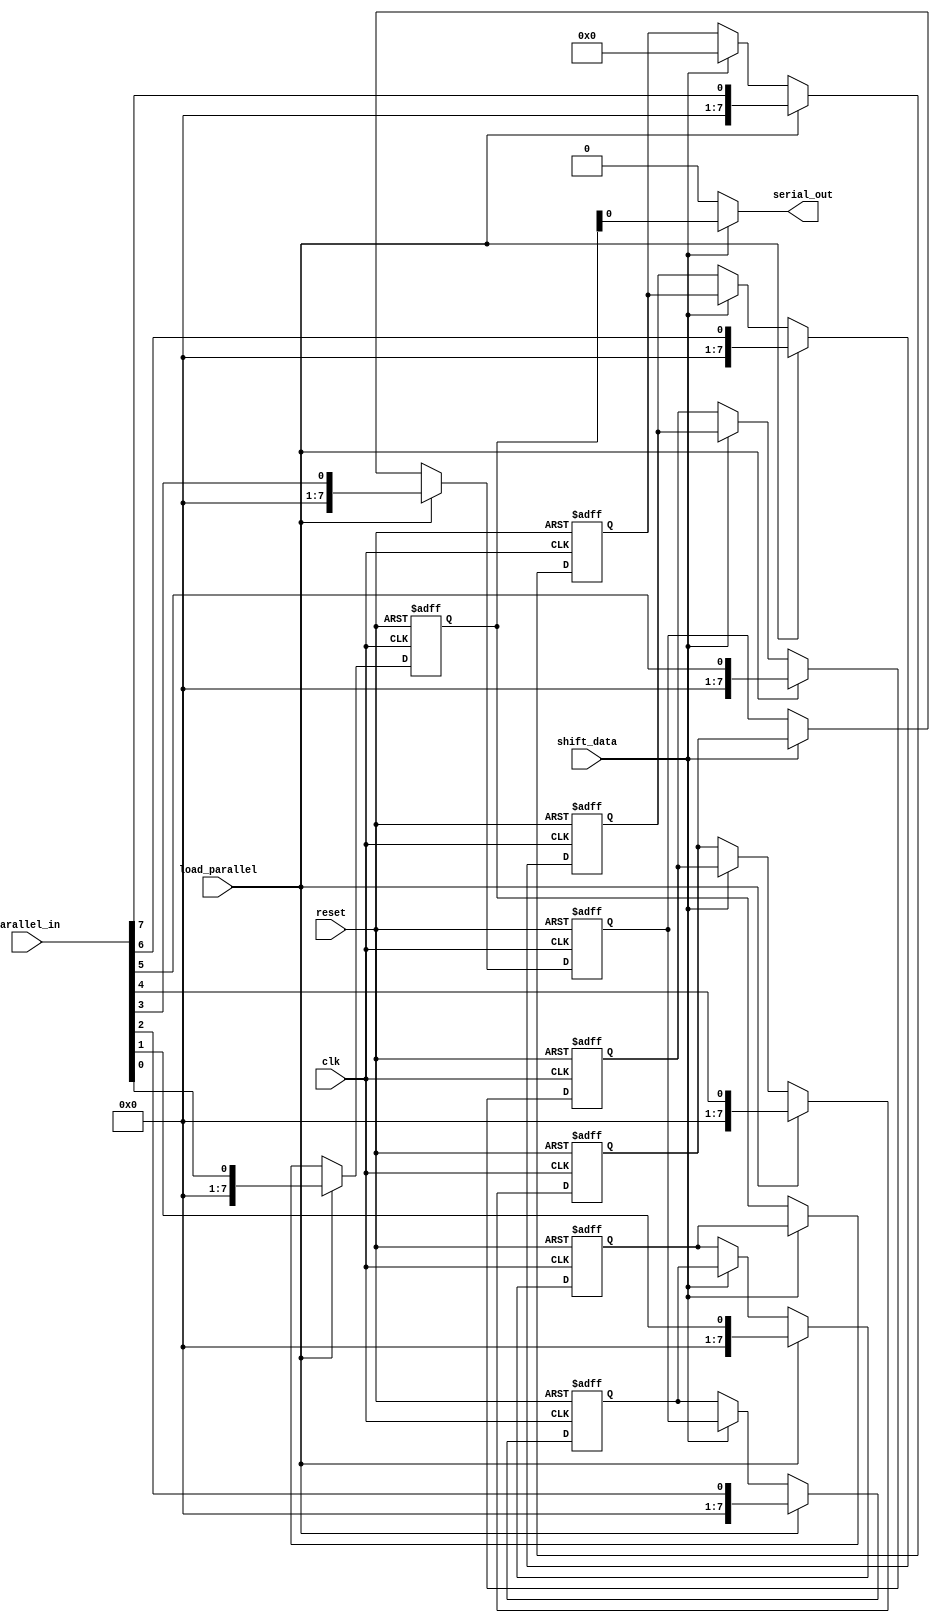
module PISO_shift_register(
    input clk,
    input reset,
    input [7:0] parallel_in,
    input shift_data,
    input load_parallel,
    output reg serial_out
);

reg [7:0] register [7:0];

integer i;

always @(posedge clk or posedge reset) begin
    if(reset) begin
        for(i=0; i<8; i=i+1) begin
            register[i] <= 0;
        end
    end else begin
        if(load_parallel) begin
            for(i=0; i<8; i=i+1) begin
                register[i] <= parallel_in[i];
            end
        end else if(shift_data) begin
            for(i=0; i<7; i=i+1) begin
                register[i] <= register[i+1];
            end
            register[7] <= 0;
        end
    end
end

always @(*) begin
    if(shift_data) begin
        serial_out <= register[0];
    end else begin
        serial_out <= 0;
    end
end

endmodule